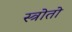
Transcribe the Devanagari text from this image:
स्त्रोतो